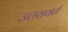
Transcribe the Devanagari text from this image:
उत्तरावर्त